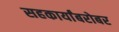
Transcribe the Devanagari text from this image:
सहकार्यांबरोबर